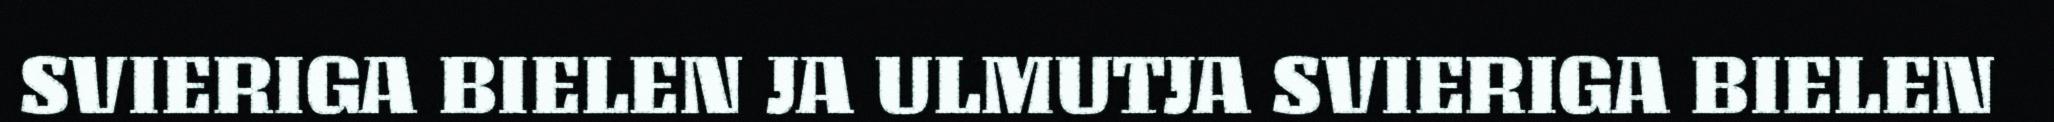
SVIERIGA BIELEN JA ULMUTJA SVIERIGA BIELEN